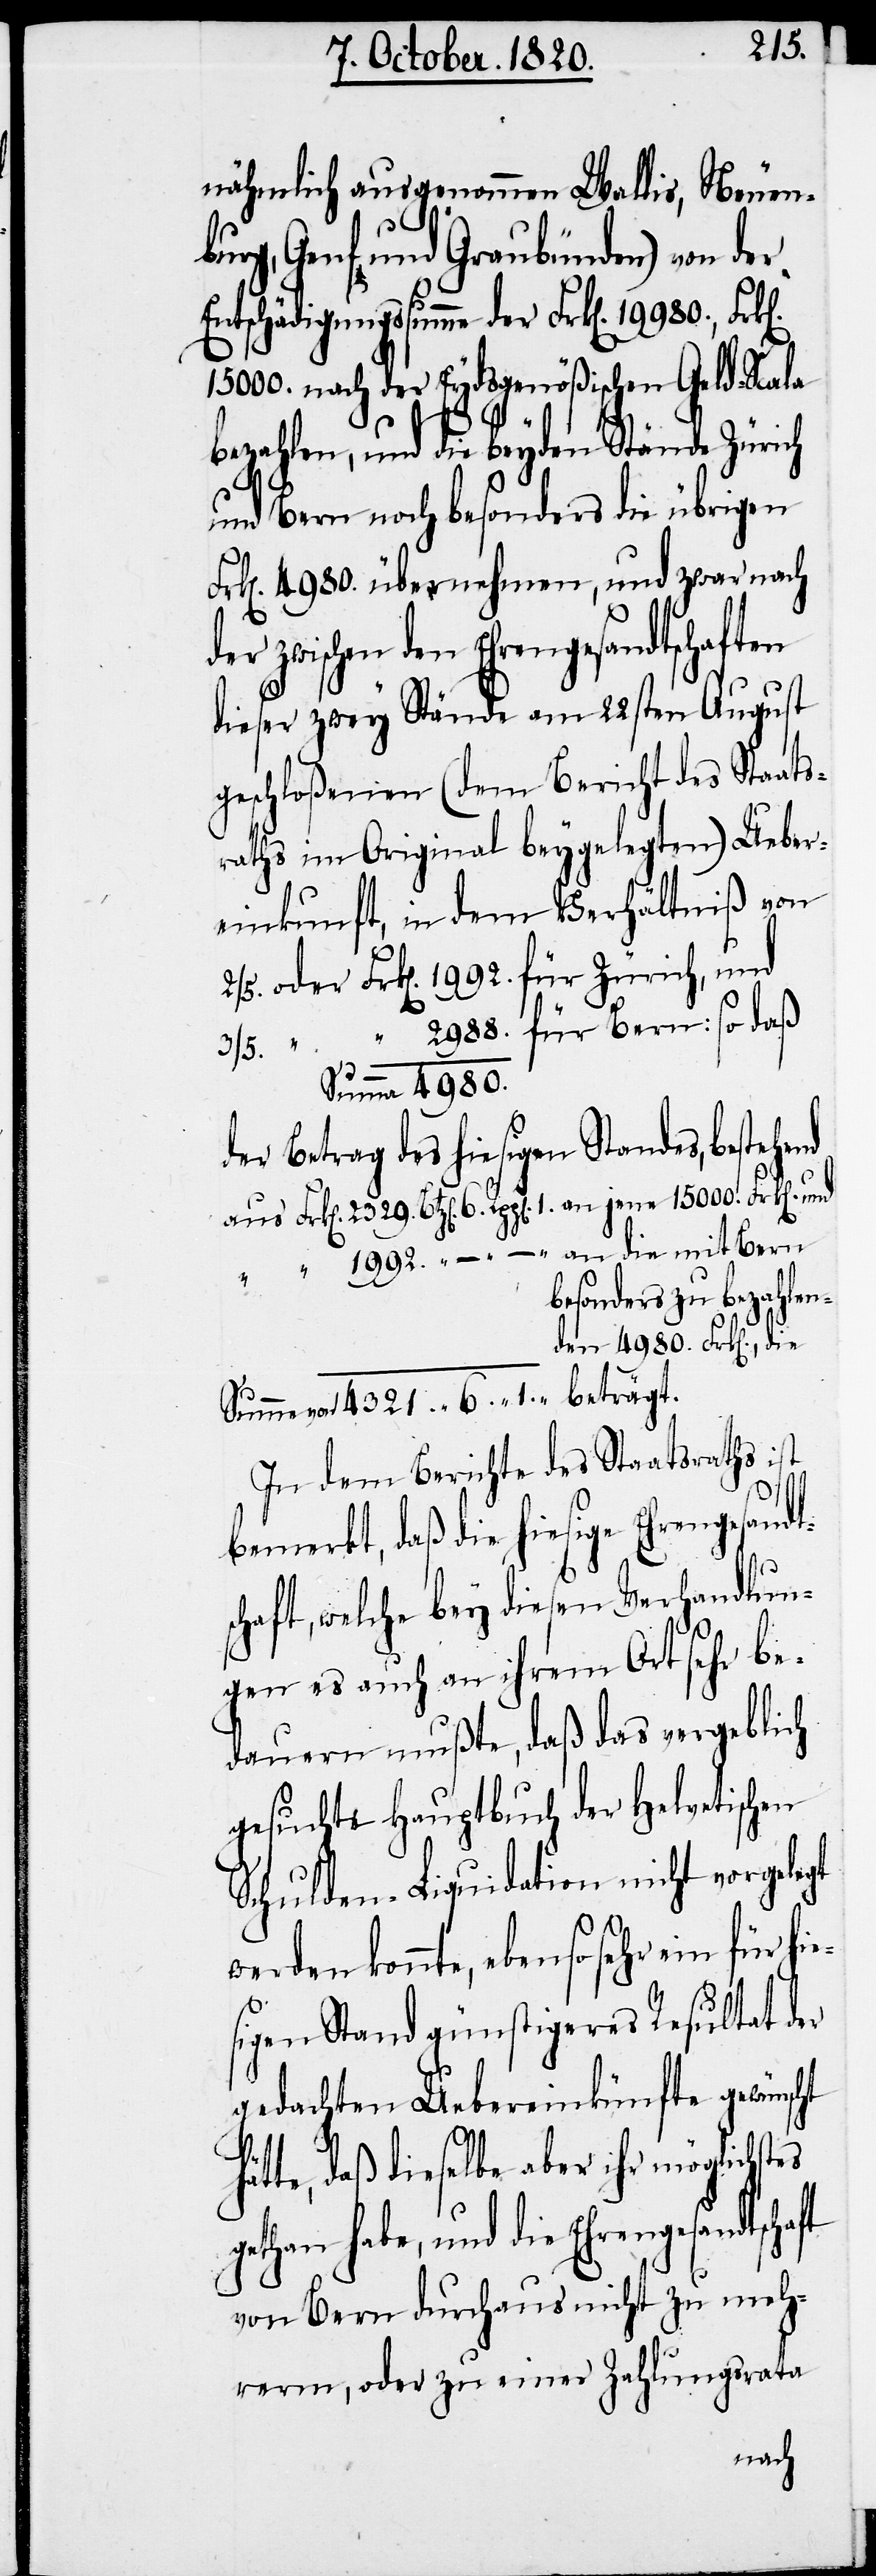
2329.
nähmlich ausgenommen Wallis, Neuen¬
burg, Genf und Graubünden) von der
Entschädigungssumme der Frk[en]. 19980.,
15000. nach der Eydsgenößischen Geld-Scala
bezahlen, und die beyden Stände Zürich
und Bern noch besonders die übrigen
Frk[en]. 4980. übernehmen, und zwar nach
habe, und die Ehrengesandtschaft
dieser zwey Stände am 22sten August
geschloßenen (dem Bericht des Staats¬
raths im Original beygelegten) Ueber¬
einkunft, in dem Verhältniß von
2988.	für Bern: so daß
3/5. “ “
Summe 4980.
der Betrag des hiesigen Standes, bestehend
“ 1992. “ – “ – an die mit Bern
Summe, val 4321. “ 6. “ 1. beträgt.
In dem Berichte des Staatsraths ist
bemerkt, daß die hiesige Ehrengesand¬
chaft, welche bey diesen Verhandlun¬
gen es auch an ihrem Ort sehr be¬
dauern mußte, daß das vergeblich
gesuchte Hauptbuch der Helvetischen
Schulden-Liquidation nicht vorgelegt
h¬
sehr ein für hie¬
werden konnte, ebenso
sigen Stand günstigeres Resultat der
gedachten Uebereinkünfte gewünscht
ätte, daß dieselbe aber ihr möglichstes
von Bern durchaus nicht zu meh¬
rerm, oder zu einer Zahlungsrata